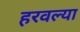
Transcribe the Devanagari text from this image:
हरवल्या